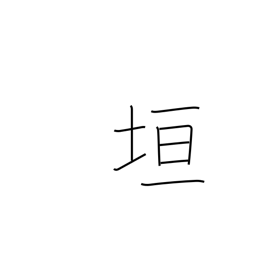
Meaning: wall